Indian Medical Review
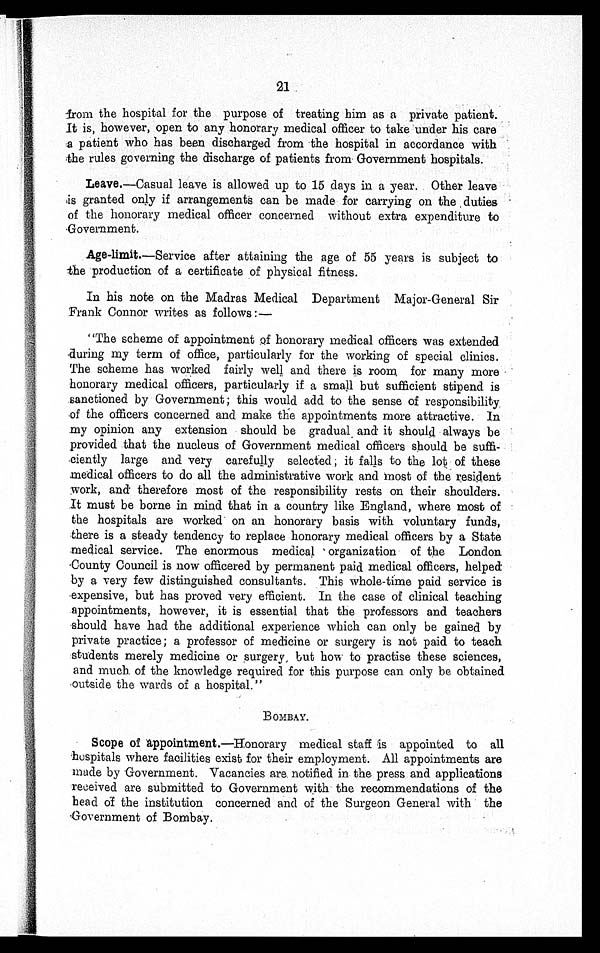
21
from the hospital for the purpose of treating him as a private patient.
It is, however, open to any honorary medical officer to take under his care
a patient who has been discharged from the hospital in accordance with
the rules governing the discharge of patients from Government hospitals.
Leave.—Casual leave is allowed up to 15 days in a year. Other leave
is granted only if arrangements can be made for carrying on the duties
of the honorary medical officer concerned without extra expenditure to
Government.
Age-limit —Service after attaining the age of 55 years is subject to
the production of a certificate of physical fitness.
In his note on the Madras Medical Department Major-General Sir
Frank Connor writes as follows:—
"The scheme of appointment of honorary medical officers was extended
during my term of office, particularly for the working of special clinics.
The scheme has worked fairly well and there is room for many more
honorary medical officers, particularly if a small but sufficient stipend is
sanctioned by Government; this would add to the sense of responsibility
of the officers concerned and make the appointments more attractive. In
my opinion any extension should be gradual and it should always be
provided that the nucleus of Government medical officers should be suffi
-ciently large and very carefully selected; it falls to the lot of these
medical officers to do all the administrative work and most of the resident
work, and therefore most of the responsibility rests on their shoulders.
It must be borne in mind that in a country like England, where most of
the hospitals are worked on an honorary basis with voluntary funds,
there is a steady tendency to replace honorary medical officers by a State
medical service. The enormous medical organization of the London
County Council is now officered by permanent paid medical officers, helped
by a very few distinguished consultants. This whole-time paid service is
expensive, but has proved very efficient. In the case of clinical teaching
appointments, however, it is essential that the professors and teachers
should have had the additional experience which can only be gained by
private practice; a. professor of medicine or surgery is not paid to teach
students merely medicine or surgery, but how to practise these sciences,
and much of the knowledge required for this purpose can only be obtained
outside the wards of a hospital."
BOMBAY.
Scope of appointment.—Honorary medical staff is appointed to all
hospitals where facilities exist for their employment. All appointments are
made by Government. Vacancies are notified in the press and applications
received are submitted to Government with the recommendations of the
head of the institution concerned and of the Surgeon General with the
Government of Bombay.